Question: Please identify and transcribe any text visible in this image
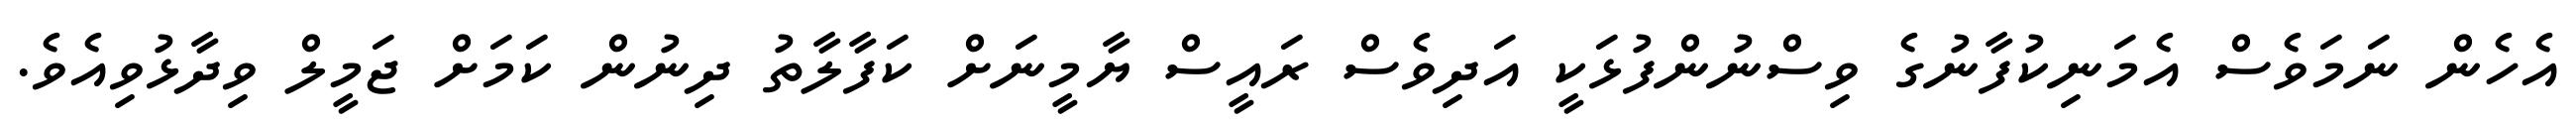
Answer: އެހެން ނަމަވެސް އެމަނިކުފާނުގެ ވިސްނުންފުޅަކީ އަދިވެސް ރައީސް ޔާމީނަށް ކަފާލާތު ދިނުން ކަމަށް ޖަމީލް ވިދާޅުވިއެވެ.